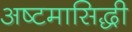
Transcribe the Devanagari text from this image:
अष्टमासिद्धी